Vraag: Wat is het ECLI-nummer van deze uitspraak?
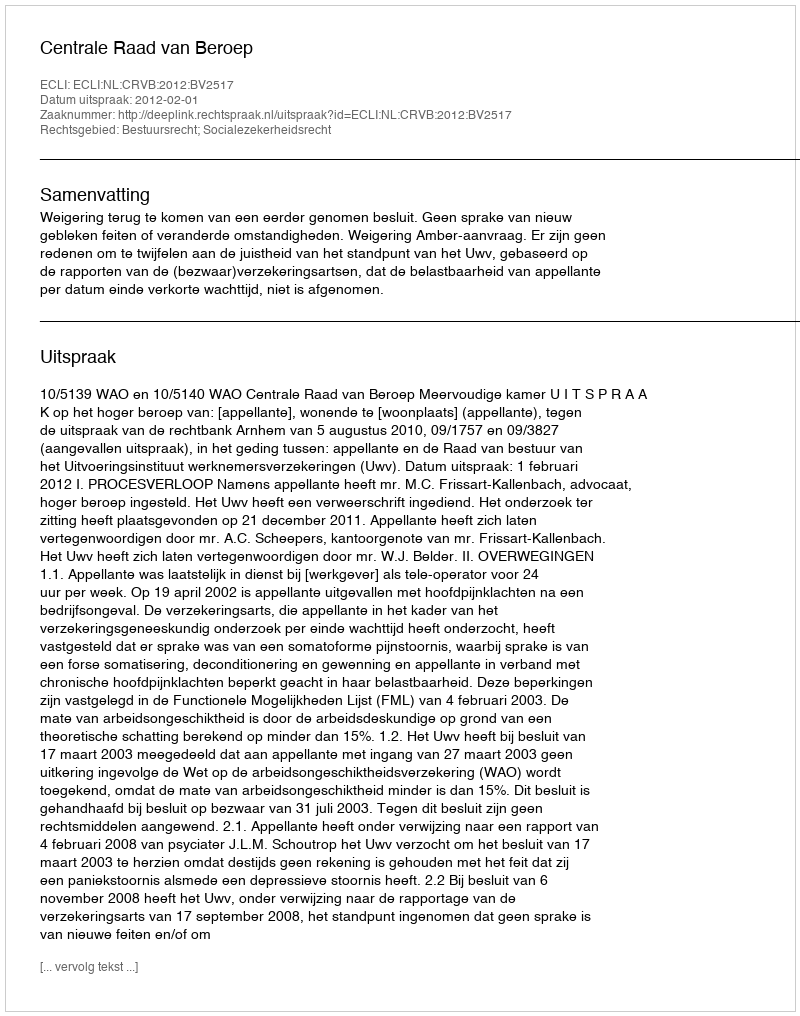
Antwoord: ECLI:NL:CRVB:2012:BV2517